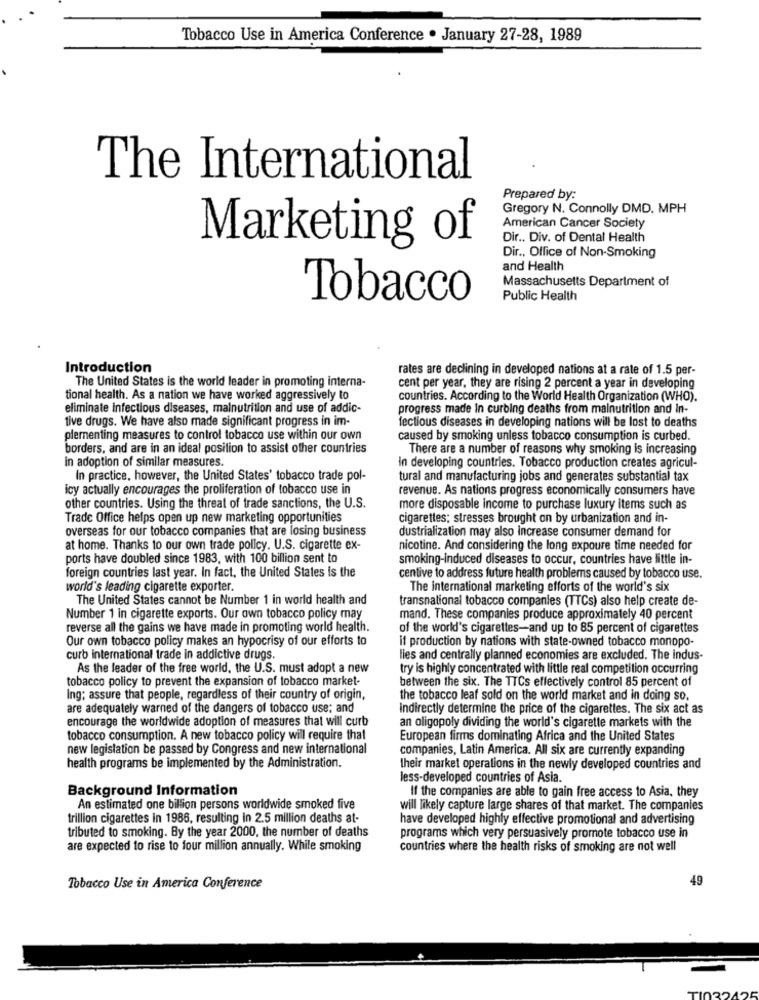
Tobacco Use in America Conference . January 27-28, 1989
The International
Prepared by:
Gregory N. Connolly DMD. MPH
American Cancer Society
Dir .. Div. of Dental Health
Marketing of
Dir ., Office of Non-Smoking
and Health
Massachusetts Department of
Tobacco
Public Health
Introduction
rates are declining in developed nations at a rate of 1.5 per-
The United States is the world leader in promoting interna-
cent per year, they are rising 2 percent a year in developing
tional health. As a nation we have worked aggressively to
countries. According to the World Health Organization (WHO).
eliminate infectious diseases, malnutrition and use of addic-
progress made in curbing deaths from malnutrition and In-
tive drugs. We have also made significant progress in im-
fectious diseases in developing nations will be lost to deaths
plementing measures to control tobacco use within our own
caused by smoking unless tobacco consumption is curbed.
borders, and are in an ideal position to assist other countries
There are a number of reasons why smoking is increasing
in adoption of similar measures.
in developing countries. Tobacco production creates agricul-
In practice, however, the United States' tobacco trade pol-
tural and manufacturing jobs and generates substantial tax
icy actually encourages the proliferation of tobacco use in
revenue. As nations progress economically consumers have
other countries. Using the threat of trade sanctions, the U.S.
more disposable income to purchase luxury items such as
Trade Office helps open up new marketing opportunities
cigarettes; stresses brought on by urbanization and in-
overseas for our tobacco companies that are losing business
dustrialization may also increase consumer demand for
at home. Thanks to our own trade policy. U.S. cigarette ex-
nicotine. And considering the long expoure time needed for
ports have doubled since 1983, with 100 billion sent to
smoking-induced diseases to occur, countries have little in-
foreign countries last year. In fact, the United States is the
centive to address future health problems caused by tobacco use.
world's leading cigarette exporter.
The international marketing efforts of the world's six
The United States cannot be Number 1 in world health and
transnational tobacco companies (TTCs) also help create de-
Number 1 in cigarette exports. Our own tobacco policy may
mand. These companies produce approximately 40 percent
reverse all the gains we have made in promoting world health.
of the world's cigarettes-and up to 85 percent of cigarettes
Our own tobacco policy makes an hypocrisy of our efforts to
if production by nations with state-owned tobacco monopo-
curb international trade in addictive drugs.
lies and centrally planned economies are excluded. The indus-
As the leader of the free world, the U.S. must adopt a new
try is highly concentrated with little real competition occurring
tobacco policy to prevent the expansion of tobacco market-
between the six. The TTCs effectively control 85 percent of
Ing; assure that people, regardless of their country of origin,
the tobacco leaf sold on the world market and in doing so,
are adequately warned of the dangers of tobacco use; and
indirectly determine the price of the cigarettes. The six act as
encourage the worldwide adoption of measures that will curb
an oligopoly dividing the world's cigarette markets with the
tobacco consumption. A new tobacco policy will require that
European firms dominating Africa and the United States
new legislation be passed by Congress and new international
companies, Latin America. All six are currently expanding
health programs be implemented by the Administration.
their market operations in the newly developed countries and
less-developed countries of Asia.
Background Information
If the companies are able to gain free access to Asia, they
An estimated one billion persons worldwide smoked five
will likely capture large shares of that market. The companies
trillion cigarettes in 1986, resulting in 2.5 million deaths at-
have developed highly effective promotional and advertising
tributed to smoking. By the year 2000, the number of deaths
programs which very persuasively promote tobacco use in
are expected to rise to four million annually. While smoking
countries where the health risks of smoking are not well
49
Tobacco Use in America Conference